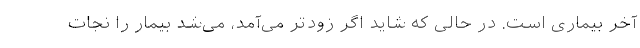
آخر بیماری است. در حالی که شاید اگر زودتر می‌آمد، می‌شد بیمار را نجات